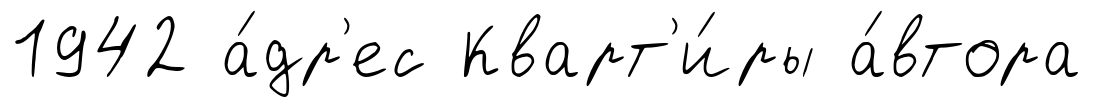
1942 а́др'ес Кварт'и́ры а́втора